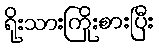
ရိုးသားကြိုးစားပြီး